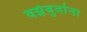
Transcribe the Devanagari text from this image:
वझेबुवांना